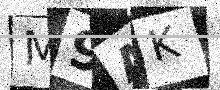
Text: M9AK